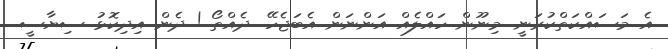
އެ މަސައްކަތްކުރަނީ. މިނޫން ހައްލެއް އަންނަން އެބަޖެހޭ. ދެއްތޯ..! ދެން އިދިކޮޅު ސިޔާސީ